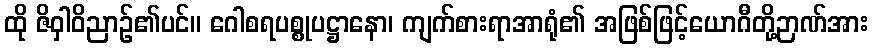
ထို ဇိဝှါဝိညာဉ်၏ပင်။ ဂေါစရပစ္စုပဋ္ဌာနော၊ ကျက်စားရာအာရုံ၏ အဖြစ်ဖြင့်ယောဂီတို့ဉာဏ်အား